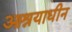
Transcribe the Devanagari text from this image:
आश्रयाधीन